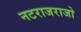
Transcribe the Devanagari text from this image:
नटराजराजो